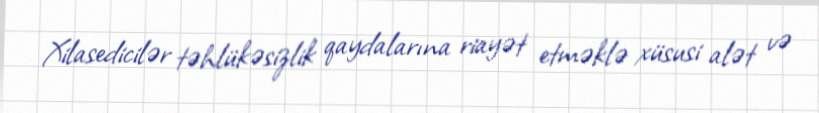
Xilasedicilər təhlükəsizlik qaydalarına riayət etməklə xüsusi alət və